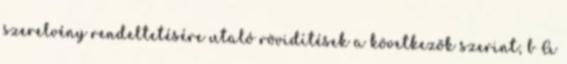
szerelvény rendeltetésére utaló rövidítések a következõk szerint; b A